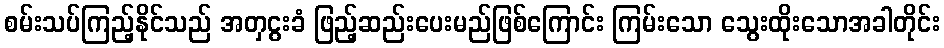
စမ်းသပ်ကြည့်နိုင်သည် အတှငွးခံ ဖြည့်ဆည်းပေးမည်ဖြစ်ကြောင်း ကြမ်းသော သွေးထိုးသောအခါတိုင်း